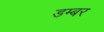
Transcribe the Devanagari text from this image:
डम्‍बर